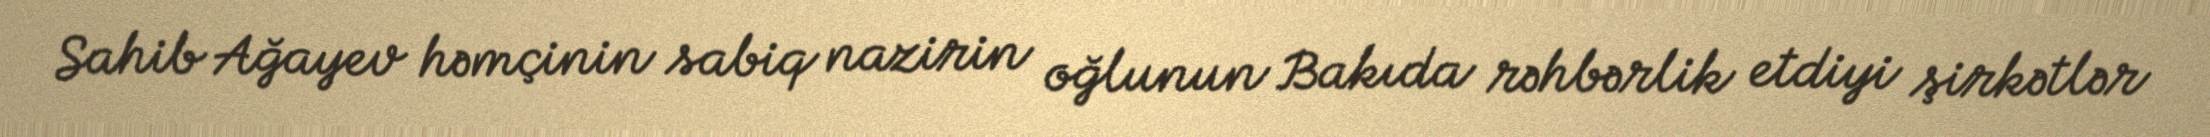
Sahib Ağayev həmçinin sabiq nazirin oğlunun Bakıda rəhbərlik etdiyi şirkətlər